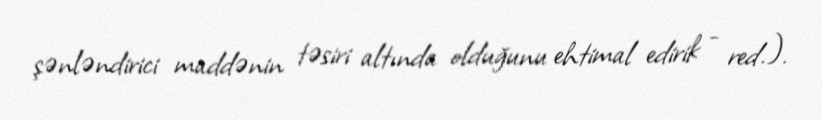
şənləndirici maddənin təsiri altında olduğunu ehtimal edirik - red.).